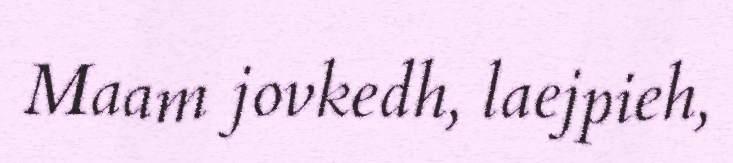
Maam jovkedh, laejpieh,